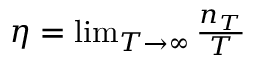
\begin{array} { r } { \eta = \operatorname* { l i m } _ { T \rightarrow \infty } \frac { n _ { T } } { T } } \end{array}